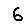
Digit: 6